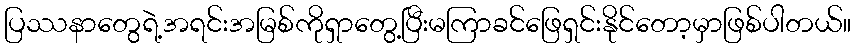
ပြဿနာတွေရဲ့အရင်းအမြစ်ကိုရှာတွေ့ပြီးမကြာခင်ဖြေရှင်းနိုင်တော့မှာဖြစ်ပါတယ်။